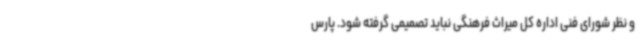
و نظر شورای فنی اداره کل میراث فرهنگی نباید تصمیمی گرفته شود. پارس